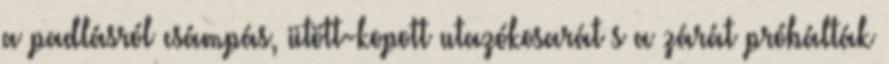
a padlásról csámpás, ütött-kopott utazókosarát s a zárát próbálták